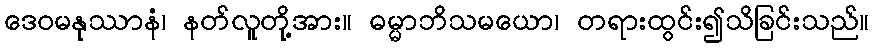
ဒေဝမနုဿာနံ၊ နတ်လူတို့အား။ ဓမ္မာဘိသမယော၊ တရားထွင်း၍သိခြင်းသည်။